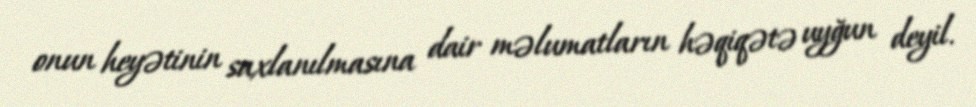
onun heyətinin saxlanılmasına dair məlumatların həqiqətə uyğun deyil.